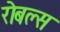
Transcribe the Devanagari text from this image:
रोबल्स